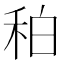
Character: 䄸